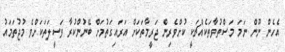
އެހެން ނޫން ނަމަ މަސްތުވާތަކެއްޗަކީ ކުށްވެރިން ޖަރީމާތަކަށް އަރައިގަތުމަށް ބޭނުންކުރާ ވަސީލަތަކަށްވެ މުޖުތަމައު